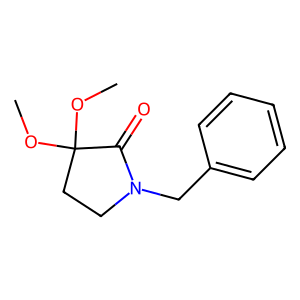
SMILES: COC1(OC)CCN(Cc2ccccc2)C1=O
Inhibits HIV replication: No